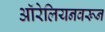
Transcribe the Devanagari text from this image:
ऑरेलियनवरून